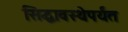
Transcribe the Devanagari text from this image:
सिद्धावस्थेपर्यंत